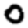
Digit: 0